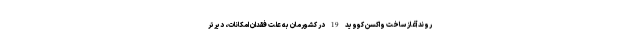
روند آغاز ساخت واکسن کووید 19 در کشورمان به علت فقدان امکانات، دیرتر